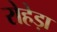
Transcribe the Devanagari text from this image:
रोहेड़ा